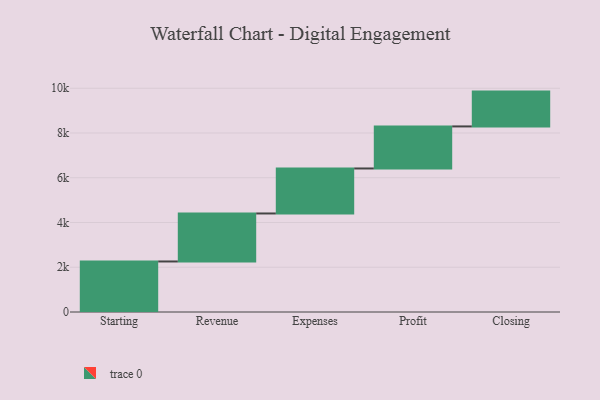
{"axis": {"x": "Step", "y": "Value"}, "legend": [""], "data": [{"x": "Starting", "y": 2258.0, "type": ""}, {"x": "Revenue", "y": 2145.0, "type": ""}, {"x": "Expenses", "y": 2011.0, "type": ""}, {"x": "Profit", "y": 1879.0, "type": ""}, {"x": "Closing", "y": 1556.0, "type": ""}]}